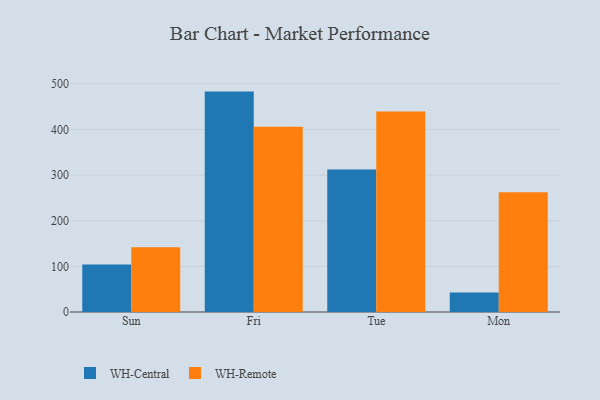
{"axis": {"x": "Day", "y": "Demand Index"}, "legend": ["WH-Central", "WH-Remote"], "data": [{"x": "Sun", "y": 104.2, "type": "WH-Central"}, {"x": "Sun", "y": 142.1, "type": "WH-Remote"}, {"x": "Fri", "y": 483.1, "type": "WH-Central"}, {"x": "Fri", "y": 406.3, "type": "WH-Remote"}, {"x": "Tue", "y": 312.3, "type": "WH-Central"}, {"x": "Tue", "y": 439.3, "type": "WH-Remote"}, {"x": "Mon", "y": 42.5, "type": "WH-Central"}, {"x": "Mon", "y": 262.3, "type": "WH-Remote"}]}